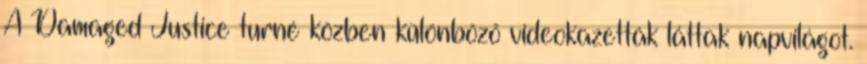
A Damaged Justice turné közben különböző videokazetták láttak napvilágot.